Indian journal of veterinary science and animal husbandry - Volumes 18-21, 1948-1951
Year: 1948
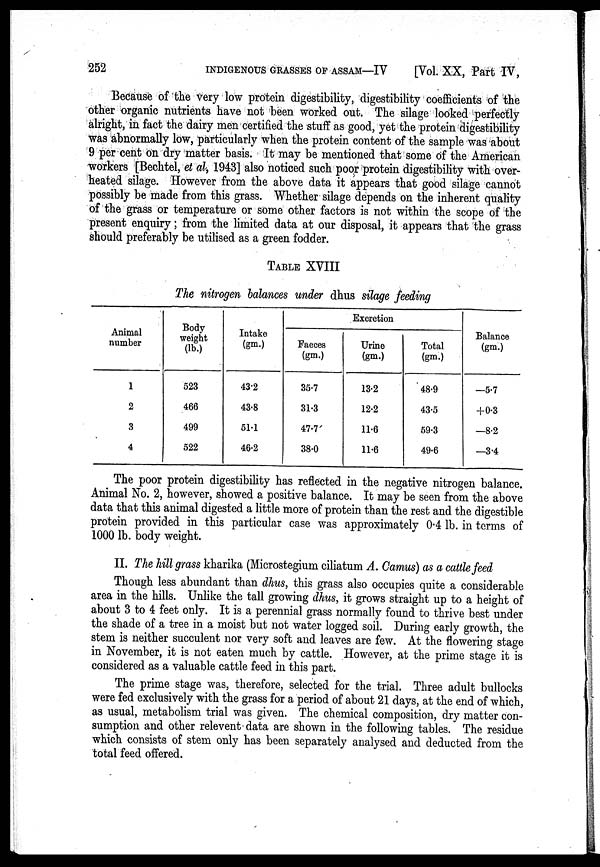
252 INDIGENOUS GRASSES OF ASSAM—IV
[Vol. XX, Part IV,
Because of the very low protein digestibility, digestibility coefficients of the
other organic nutrients have not been worked out. The silage looked perfectly
alright, in fact the dairy men certified the stuff as good, yet the protein digestibility
was abnormally low, particularly when the protein content of the sample was about
9 per cent on dry matter basis. It may be mentioned that some of the American
workers [Bechtel, et al, 1943] also noticed such poor protein digestibility with over-
heated silage. However from the above data it appears that good silage cannot
possibly be made from this grass. Whether silage depends on the inherent quality
of the grass or temperature or some other factors is not within the scope of the
present enquiry; from the limited data at our disposal, it appears that the grass
should preferably be utilised as a green fodder.
TABLE XVIII
The nitrogen balances under dhus silage feeding
Animal
number
1
2
3
4
Body
weight
(lb.)
523
466
499
522
Intake
(gm.)
43.2
43.8
51.1
46.2
Excretion
Faeces
(gm.)
35.7
31.3
47.7
38.0
Urine
(gm.)
13.2
12.2
11.6
11.6
Total
(gm.)
48.9
43.5
59.3
49.6
Balance
(gm.)
—5.7
+0.3
—8.2
—3.4
The poor protein digestibility has reflected in the negative nitrogen balance.
Animal No. 2, however, showed a positive balance. It may be seen from the above
data that this animal digested a little more of protein than the rest and the digestible
protein provided in this particular case was approximately 0.4 lb. in terms of
1000 lb. body weight.
II. The hill grass kharika (Microstegium ciliatum A. Camus) as a cattle feed
Though less abundant than dhus, this grass also occupies quite a considerable
area in the hills. Unlike the tall growing dhus, it grows straight up to a height of
about 3 to 4 feet only. It is a perennial grass normally found to thrive best under
the shade of a tree in a moist but not water logged soil. During early growth, the
stem is neither succulent nor very soft and leaves are few. At the flowering stage
in November, it is not eaten much by cattle. However, at the prime stage it is
considered as a valuable cattle feed in this part.
The prime stage was, therefore, selected for the trial. Three adult bullocks
were fed exclusively with the grass for a period of about 21 days, at the end of which,
as usual, metabolism trial was given. The chemical composition, dry matter con-
sumption and other relevent data are shown in the following tables. The residue
which consists of stem only has been separately analysed and deducted from the
total feed offered.